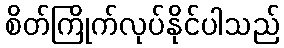
စိတ်ကြိုက်လုပ်နိုင်ပါသည်